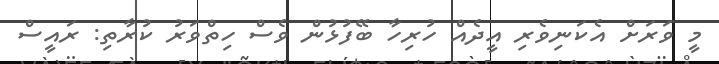
މީ ވަރަށް އެކަނިވެރި އީދެއް ހުރިހާ ބޭފުޅުން ވެސް ހިތްވަރު ކުރާތި: ރައީސް